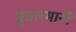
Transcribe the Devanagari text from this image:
मुसलमानौं